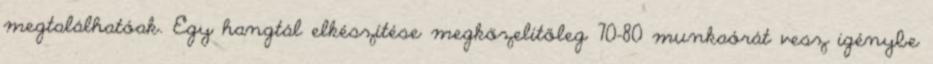
megtalálhatóak. Egy hangtál elkészítése megközelítőleg 70-80 munkaórát vesz igénybe